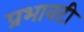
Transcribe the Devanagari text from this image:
प्रभावटी